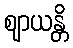
ဈာယန္တိ